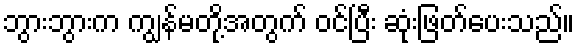
ဘွားဘွားက ကျွန်မတို့အတွက် ဝင်ပြီး ဆုံးဖြတ်ပေးသည်။